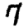
Digit: 7